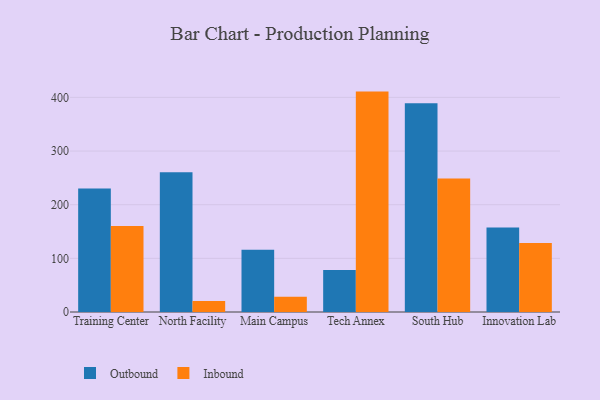
{"axis": {"x": "Campus", "y": "Inventory Turnover"}, "legend": ["Inbound", "Outbound"], "data": [{"x": "Training Center", "y": 230.1, "type": "Outbound"}, {"x": "Training Center", "y": 160.4, "type": "Inbound"}, {"x": "North Facility", "y": 260.7, "type": "Outbound"}, {"x": "North Facility", "y": 20.3, "type": "Inbound"}, {"x": "Main Campus", "y": 115.8, "type": "Outbound"}, {"x": "Main Campus", "y": 28.5, "type": "Inbound"}, {"x": "Tech Annex", "y": 78.2, "type": "Outbound"}, {"x": "Tech Annex", "y": 410.8, "type": "Inbound"}, {"x": "South Hub", "y": 389.3, "type": "Outbound"}, {"x": "South Hub", "y": 248.6, "type": "Inbound"}, {"x": "Innovation Lab", "y": 157.3, "type": "Outbound"}, {"x": "Innovation Lab", "y": 128.5, "type": "Inbound"}]}